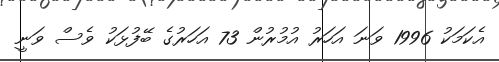
އެކަމަކު 1996 ވަނަ އަހަރު އުމުރުން 73 އަހަރުގެ ބޭފުޅަކު ވެސް ވަނީ